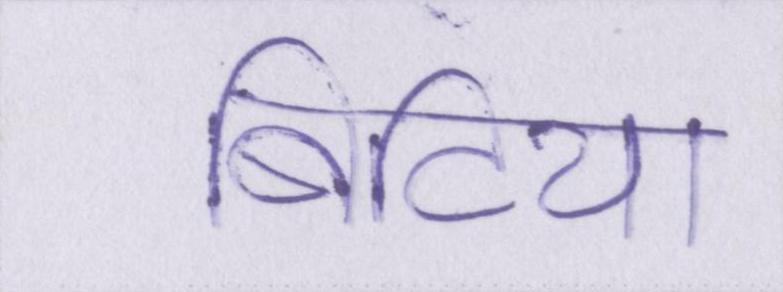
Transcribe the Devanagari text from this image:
बिटिया